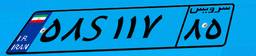
۵۸S۱۱۷۸۵